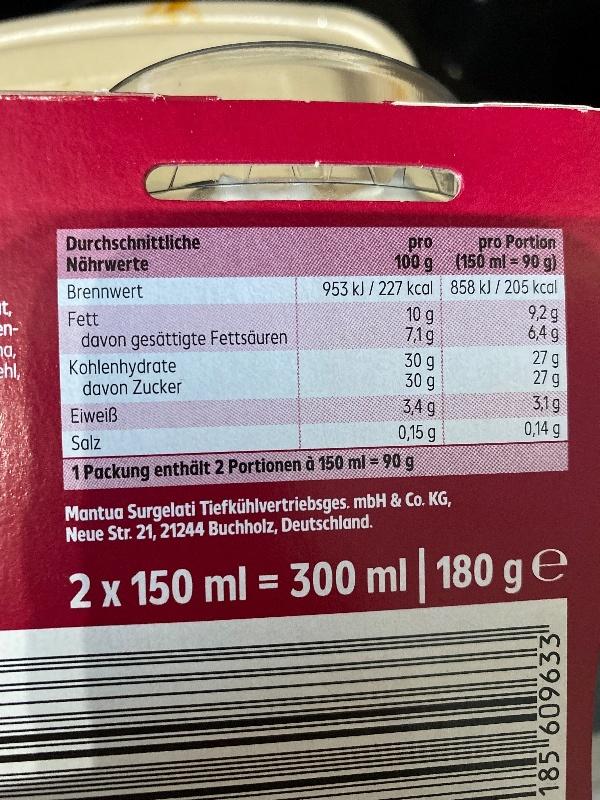
Durchschnittliche Nährwerte
pro Portion 100 g 1150 ml -90 g) 953 kJ / 227 kcal 858 kJ / 205 kcal 9,2g 6,4 g
pro
Brennwert
it, en- na, ehl,
10 g 7,1g 30 g 30 g 3,4 g 0,15 g
Fett davon gesättigte Fettsäuren Kohlenhydrate
27 g 27 g
davon Zucker
3,19
Eiweiß
0,14 g
Salz
1 Packung enthält 2 Portionen à 150 ml = 90 g
Mantua Surgelati Tiefkühlvertriebsges. mbH & Co. KG, Neue Str. 21, 21244 Buchholz, Deutschland.
2 x 150 ml = 300 ml 180 ge
185 609633